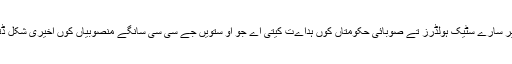
وفاقی وزیر سارے سٹیک ہولڈرز تے صوبائی حکومتاں کوں ہداےت کیتی اے جو او ستویں جے سی سی سانگے منصوبیاں کوں اخیری شکل ڈتی ونجے۔